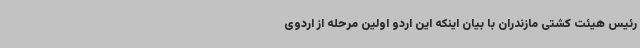
رئیس هیئت کشتی مازندران با بیان اینکه این اردو اولین مرحله از اردوی